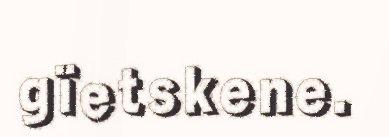
gïetskene.